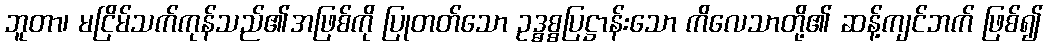
ဘူတာ၊ မငြိမ်သက်ကုန်သည်၏အဖြစ်ကို ပြုတတ်သော ဥဒ္ဓစ္စပြဋ္ဌာန်းသော ကိလေသာတို့၏ ဆန့်ကျင်ဘက် ဖြစ်၍